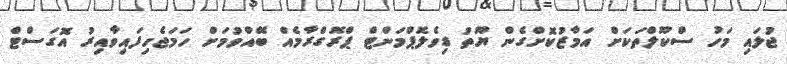
ޖުލައި މަހު ސްކޫލްތަކަށް އަމާޒުކޮށްގެން ޔޫތު ޑިވެލޮޕްމަންޓް ޕްރޮގްރާމެއް ބޭއްވުމަށް ހަމަޖެހިފައިވާއިރު އޮގަސްޓް